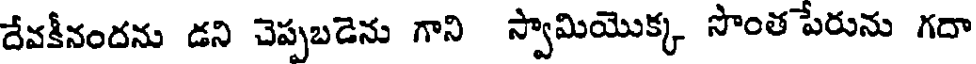
దేవకీనందను డని చెప్పబడెను గాని స్వామియొక్క సొంత పేరును గదా